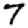
Digit: 7